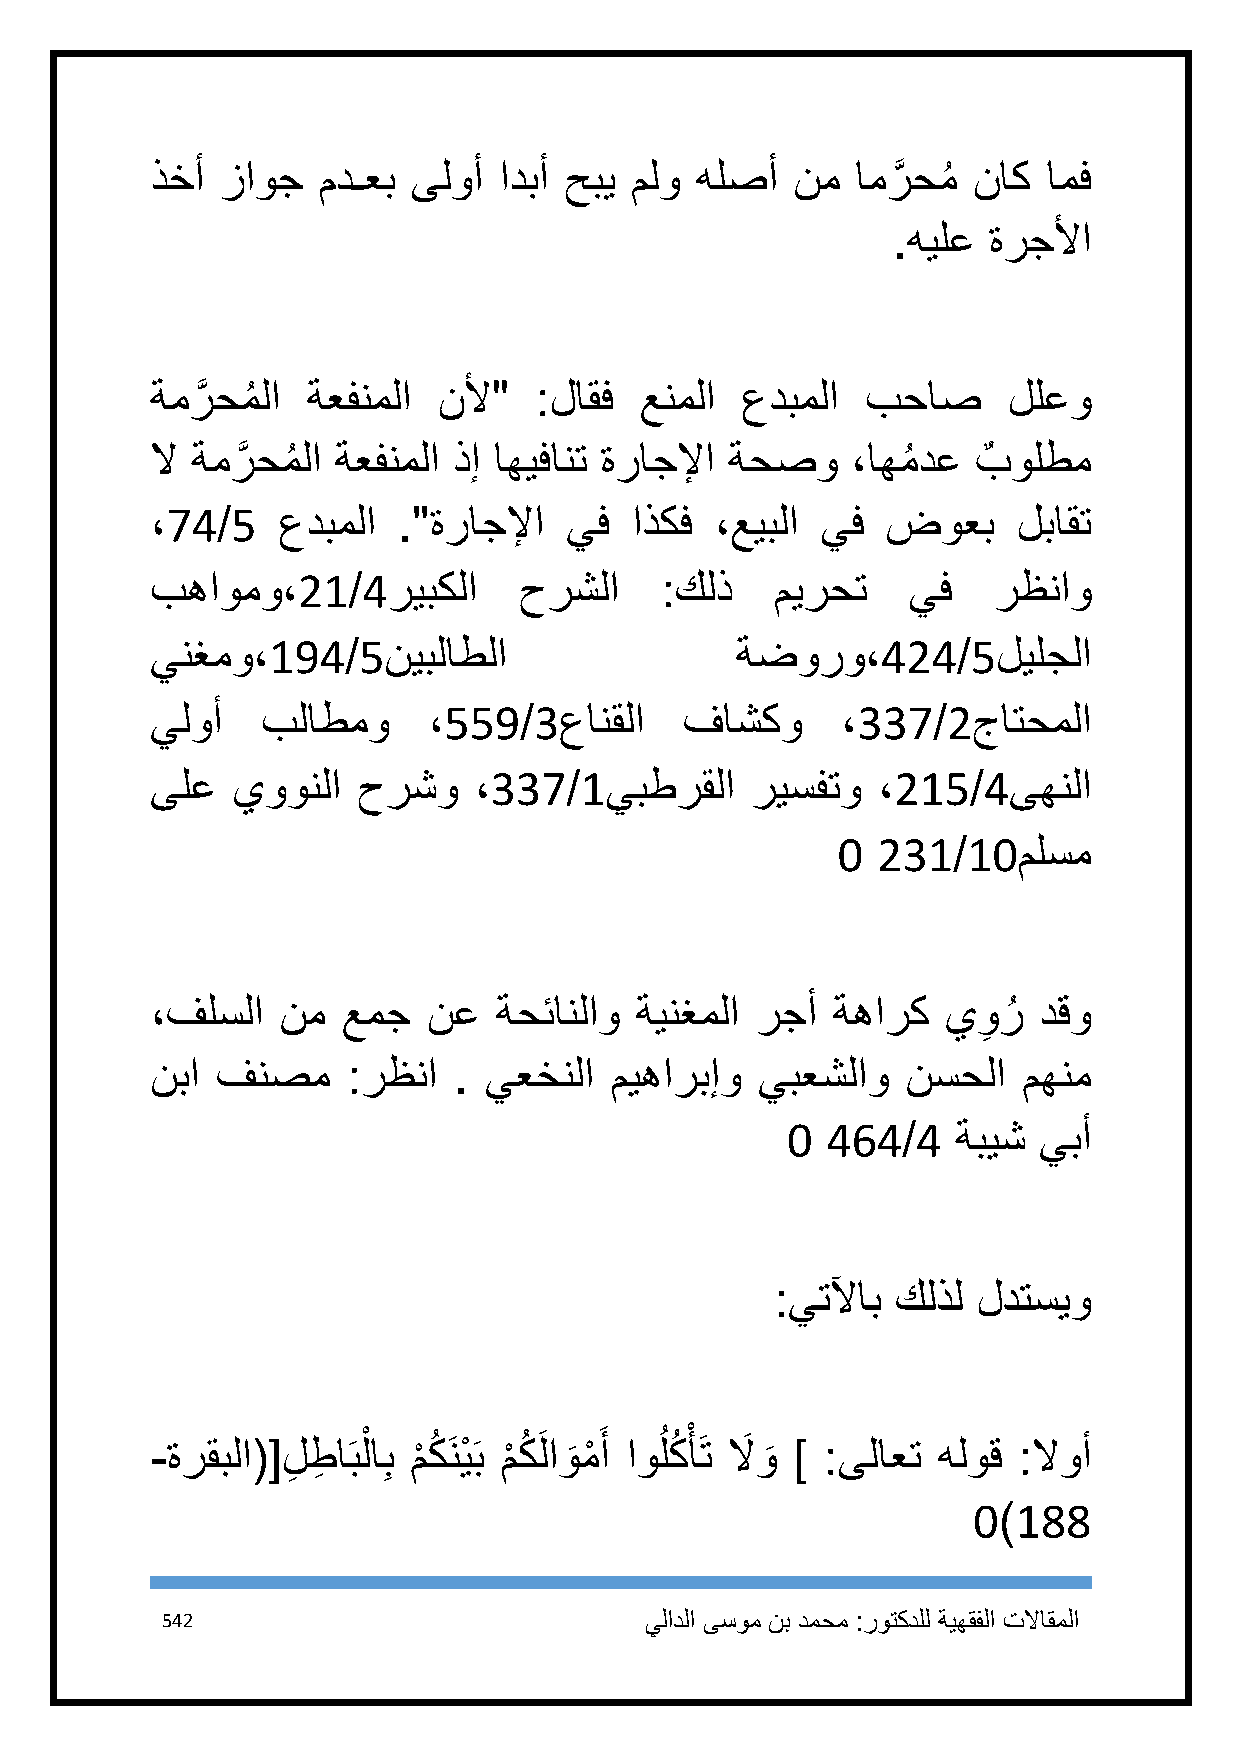
ذخأ  زاوج  مدـعب ىلوأ  ادبأ حبي ملو هلصأ   نم  امرَّ حمُ ناك امف
 .هيلع ةرجلأا
 ةمرَّ حمُ لا ةعفنملا نلأ" :لاقف عنملا  عدبملا  بحاص      للعو
 لا ةمرَّ حمُ لا ةعفنملا ذإ اهيفانت ةراجلإا ةحصو ،اهمُ دع بٌ ولطم
 ،74/5   عدبملا  ."ةراجلإا  يف   اذكف ،عيبلا يف   ضوعب    لباقت
 بهاومو،21/4ريبكلا       حرشلا     :كلذ   ميرحت    يف    رظناو
 ينغمو،194/5نيبلاطلا                    ةضورو،424/5ليلجلا
 يلوأ   بلاطمو     ،559/3عانقلا     فاشكو      ،337/2جاتحملا
 ىلع  يوونلا   حرشو   ،337/1يبطرقلا      ريسفتو  ،215/4ىهنلا
 1  231/11ملسم
 ،فلسلا   نم  عمج  نع   ةحئانلاو ةينغملا رجأ  ةهارك   يو
 ِ
 رُ دقو
 نبا فنصم     :رظنا  . يعخنلا  ميهاربإو  يبعشلاو   نسحلا   مهنم
 1  464/4   ةبيش  يبأ
 :يتلآاب كلذل  لدتسيو
 -ةرقبلا([ لِ طِ اَبلْ اِب م
 ْ
 كُ َنيْ َب م
 ْ
 كُ َلاو
 َ
 مْ َ أ اوُ لكُ ْ أَت لاَ و
 َ
 ]  :ىلاعت هلوق :لاوأ
 1)188
 542                             يلادلا ىسوم نب دمحم :روتكدلل ةيهقفلا تلااقملا